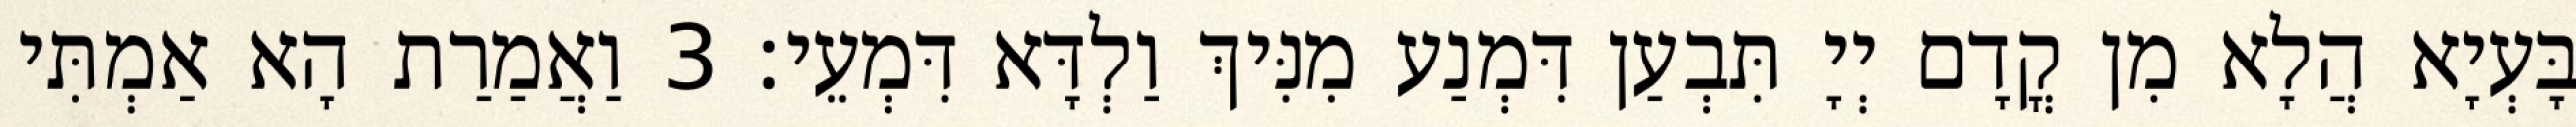
בָּעְיָא הֲלָא מִן קֳדָם יְיָ תִּבְעַן דִּמְנַע מִנִּיךְ וַלְדָּא דִּמְעֵי׃ 3 וַאֲמַרַת הָא אַמְתִּי